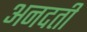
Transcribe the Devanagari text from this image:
अनदती